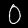
Label: 0